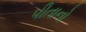
પીતાનો